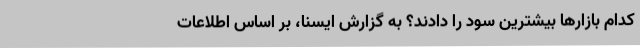
کدام بازارها بیشترین سود را دادند؟ به گزارش ایسنا، بر اساس اطلاعات